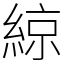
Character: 綡